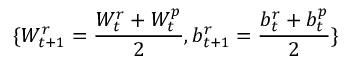
\{ W _ { t + 1 } ^ { r } = \frac { W _ { t } ^ { r } + W _ { t } ^ { p } } { 2 } , b _ { t + 1 } ^ { r } = \frac { b _ { t } ^ { r } + b _ { t } ^ { p } } { 2 } \}